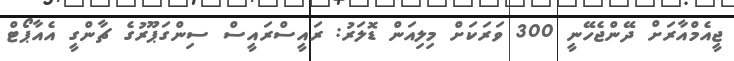
ޖީއެމްއާރަށް ދޭންޖެހޭނީ 300 ވަރަަކަށް މިލިއަން ޑޮލަރު: ރައީސްރައީސް ސިންގަޕޫރުގެ ޗާންގީ އެއާޕޯޓް